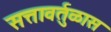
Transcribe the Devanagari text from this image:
सत्तावर्तुळास